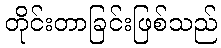
တိုင်းတာခြင်းဖြစ်သည်